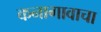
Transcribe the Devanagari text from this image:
कनागावाचा